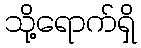
သို့ရောက်ရှိ